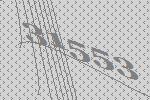
31553